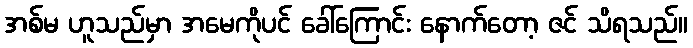
အစ်မ ဟူသည်မှာ အမေကိုပင် ခေါ်ကြောင်း နောက်တော့ ဇင် သိရသည်။